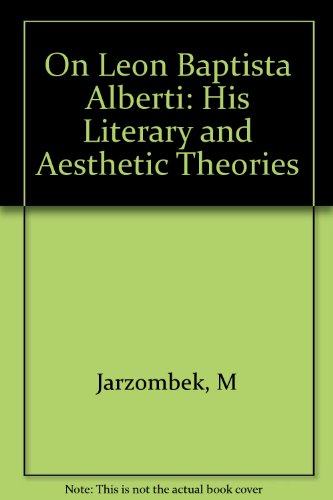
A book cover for On Leon Baptista Alberti: His Literary and Aesthetic Theories; Mark Jarzombek; Politics & Social Sciences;